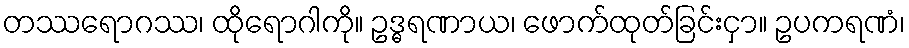
တဿရောဂဿ၊ ထိုရောဂါကို။ ဥဒ္ဓရဏာယ၊ ဖောက်ထုတ်ခြင်းငှာ။ ဥပကရဏံ၊